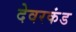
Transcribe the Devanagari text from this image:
देवरकंंड